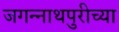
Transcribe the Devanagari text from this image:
जगन्‍नाथपुरीच्या